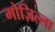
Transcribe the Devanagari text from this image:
मोज़िल्ला